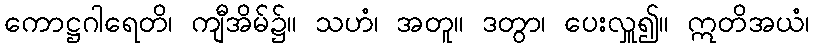
ကောဋ္ဌဂါရေတိ၊ ကျီအိမ်၌။ သဟံ၊ အတူ။ ဒတွာ၊ ပေးလှူ၍။ ဣတိအယံ၊